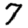
Digit: 7